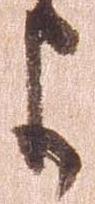
よ